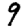
Digit: 9